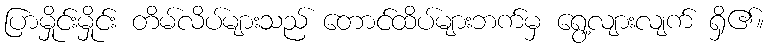
ပြာမှိုင်းမှိုင်း တိမ်လိပ်များသည် တောင်ထိပ်များဘက်မှ ရွေ့လျားလျက် ရှိ၏။